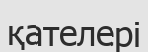
қателері